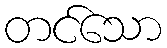
တင်သော